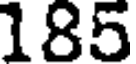
185